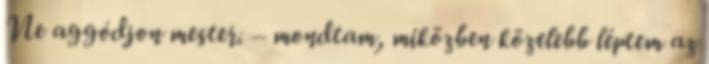
Ne aggódjon mester. – mondtam, miközben közelebb léptem az